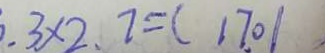
. 3 \times 2 . 7 = ( 1 7 0 /